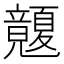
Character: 𥫏